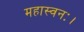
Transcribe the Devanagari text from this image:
महास्वनः।